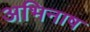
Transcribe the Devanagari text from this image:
अभिनाष